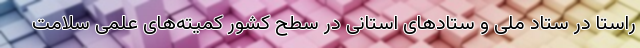
راستا در ستاد ملی و ستادهای استانی در سطح کشور کمیته‌های علمی سلامت